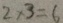
2 \times 3 = 6